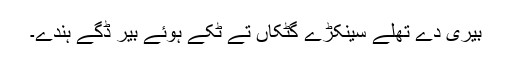
بیری دے تھلے سَینکڑے گِٹکاں تے ٹُکے ہوئے بیر ڈِگے ہُندے۔